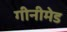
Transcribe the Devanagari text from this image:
गीनीमेड